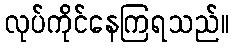
လုပ်ကိုင်နေကြရသည်။